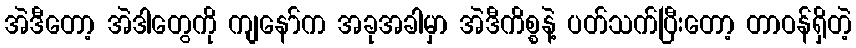
အဲဒီတော့ အဲဒါတွေကို ကျနော်က အခုအခါမှာ အဲဒီကိစ္စနဲ့ ပတ်သက်ပြီးတော့ တာဝန်ရှိတဲ့